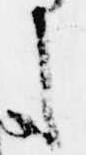
し